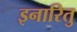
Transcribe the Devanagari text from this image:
इनारितु